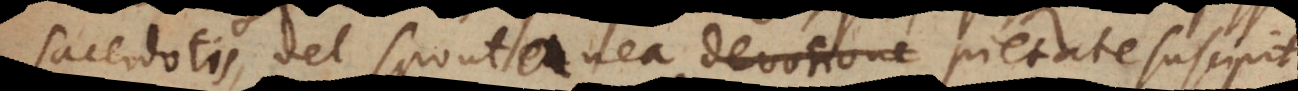
sacerdotis, vel spontanea devotione pietate suscipit,